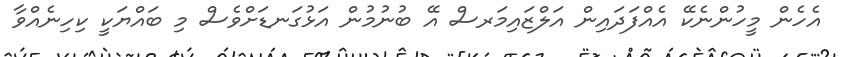
އެހެން މީހުންނެކޭ އެއްފަދައިން އަލްޒައިމަރސް އޭ ބުނުމުން އަޅުގަނޑަށްވެސް މި ބައްޔަކީ ކިހިނެއްވާ